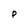
Character: p